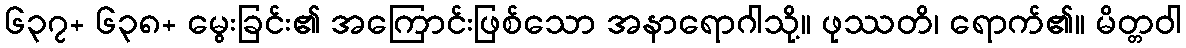
၆၃၇+ ၆၃၈+ မွေးခြင်း၏ အကြောင်းဖြစ်သော အနာရောဂါသို့။ ဖုဿတိ၊ ရောက်၏။ မိတ္တဝါ